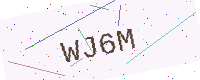
Text: WJ6M